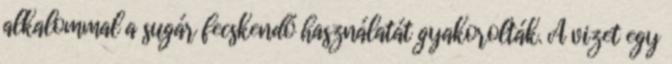
alkalommal a sugár fecskendő használatát gyakorolták. A vizet egy